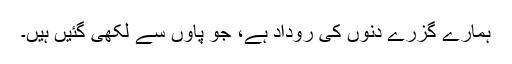
ہمارے گزرے دنوں کی روداد ہے، جو پاوں سے لکھی گئیں ہیں۔